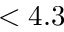
< 4 . 3